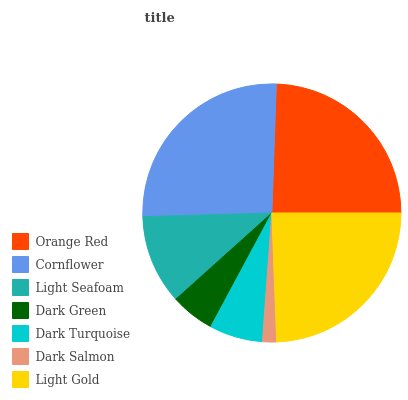
| Orange Red | Cornflower | Light Seafoam | Dark Green | Dark Turquoise | Dark Salmon | Light Gold |
 | --- | --- | --- | --- | --- | --- | --- |
 | 24.5% | 26% | 11.2% | 5.51% | 6.69% | 1.75% | 24.4% |